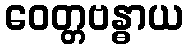
ဝေတ္တဗန္ဓာယ